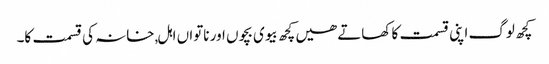
کچھ لوگ اپنی قسمت کا کھاتے ھیں کچھ بیوی بچوں اور ناتواں اہل,خانہ کی قسمت کا۔